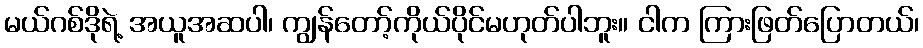
မယ်ဂစ်ဒိုရဲ့ အယူအဆပါ၊ ကျွန်တော့်ကိုယ်ပိုင်မဟုတ်ပါဘူး။ ငါက ကြားဖြတ်ပြောတယ်၊